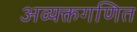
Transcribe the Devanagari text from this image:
अव्यक्तगणित